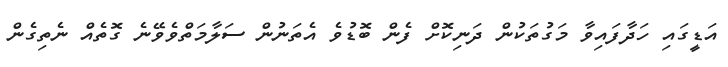
އަޑީގައި ހަދާފައިވާ މަގުތަކުން ދަނިކޮށް ފެން ބޮޑުވެ އެތަނުން ސަލާމަތްވެވޭނެ ގޮތެއް ނެތިގެން